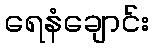
ရေနံချောင်း